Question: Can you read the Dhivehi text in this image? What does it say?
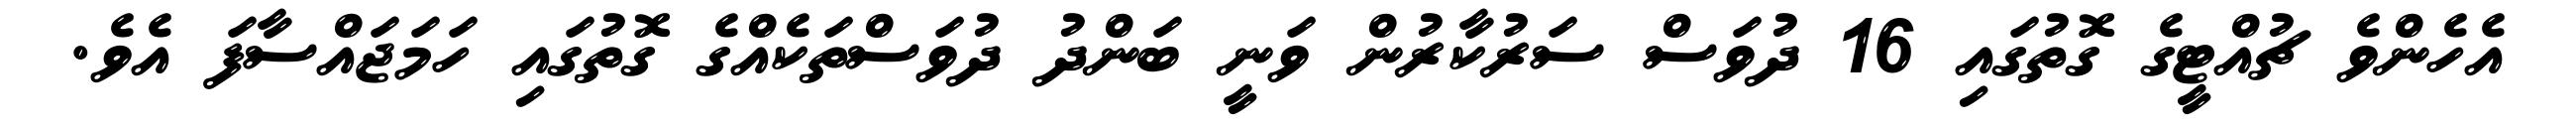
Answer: އެހެންވެ ޗުއްޓީގެ ގޮތުގައި 16 ދުވަސް ސަރުކާރުން ވަނީ ބަންދު ދުވަސްތަކެއްގެ ގޮތުގައި ހަމަޖައްސާފަ އެވެ.